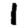
Digit: 1